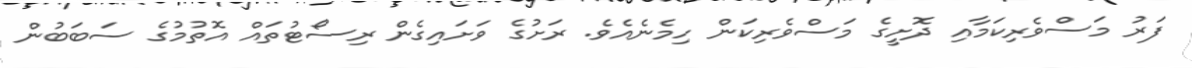
ފަރު މަސްވެރިކަމާއި ދޮށީގެ މަސްވެރިކަން ހިމެނެއެވެ. ރަށުގެ ވަށައިގެން ރިސޯޓުތައް އޮތުމުގެ ސަބަބުން